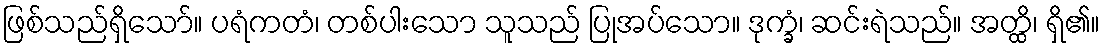
ဖြစ်သည်ရှိသော်။ ပရံကတံ၊ တစ်ပါးသော သူသည် ပြုအပ်သော။ ဒုက္ခံ၊ ဆင်းရဲသည်။ အတ္ထိ၊ ရှိ၏။